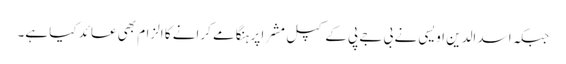
جبکہ اسد الدین اویسی نے بی جے پی کے کپل مشرا پر ہنگامے کرانے کا الزام بھی عائد کیا ہے۔